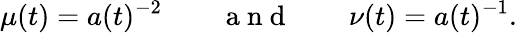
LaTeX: \mu(t)=a(t)^{-2}\qquad\mathrm{~a~n~d~}\qquad\nu(t)=a(t)^{-1}.